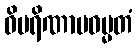
ဝိပရိဏာမဓမ္မတံ